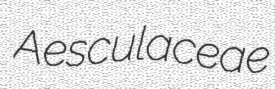
Aesculaceae